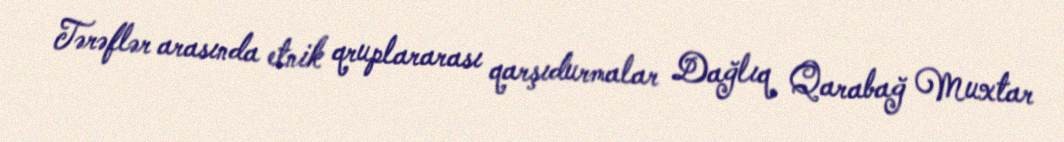
Tərəflər arasında etnik qruplararası qarşıdurmalar Dağlıq Qarabağ Muxtar